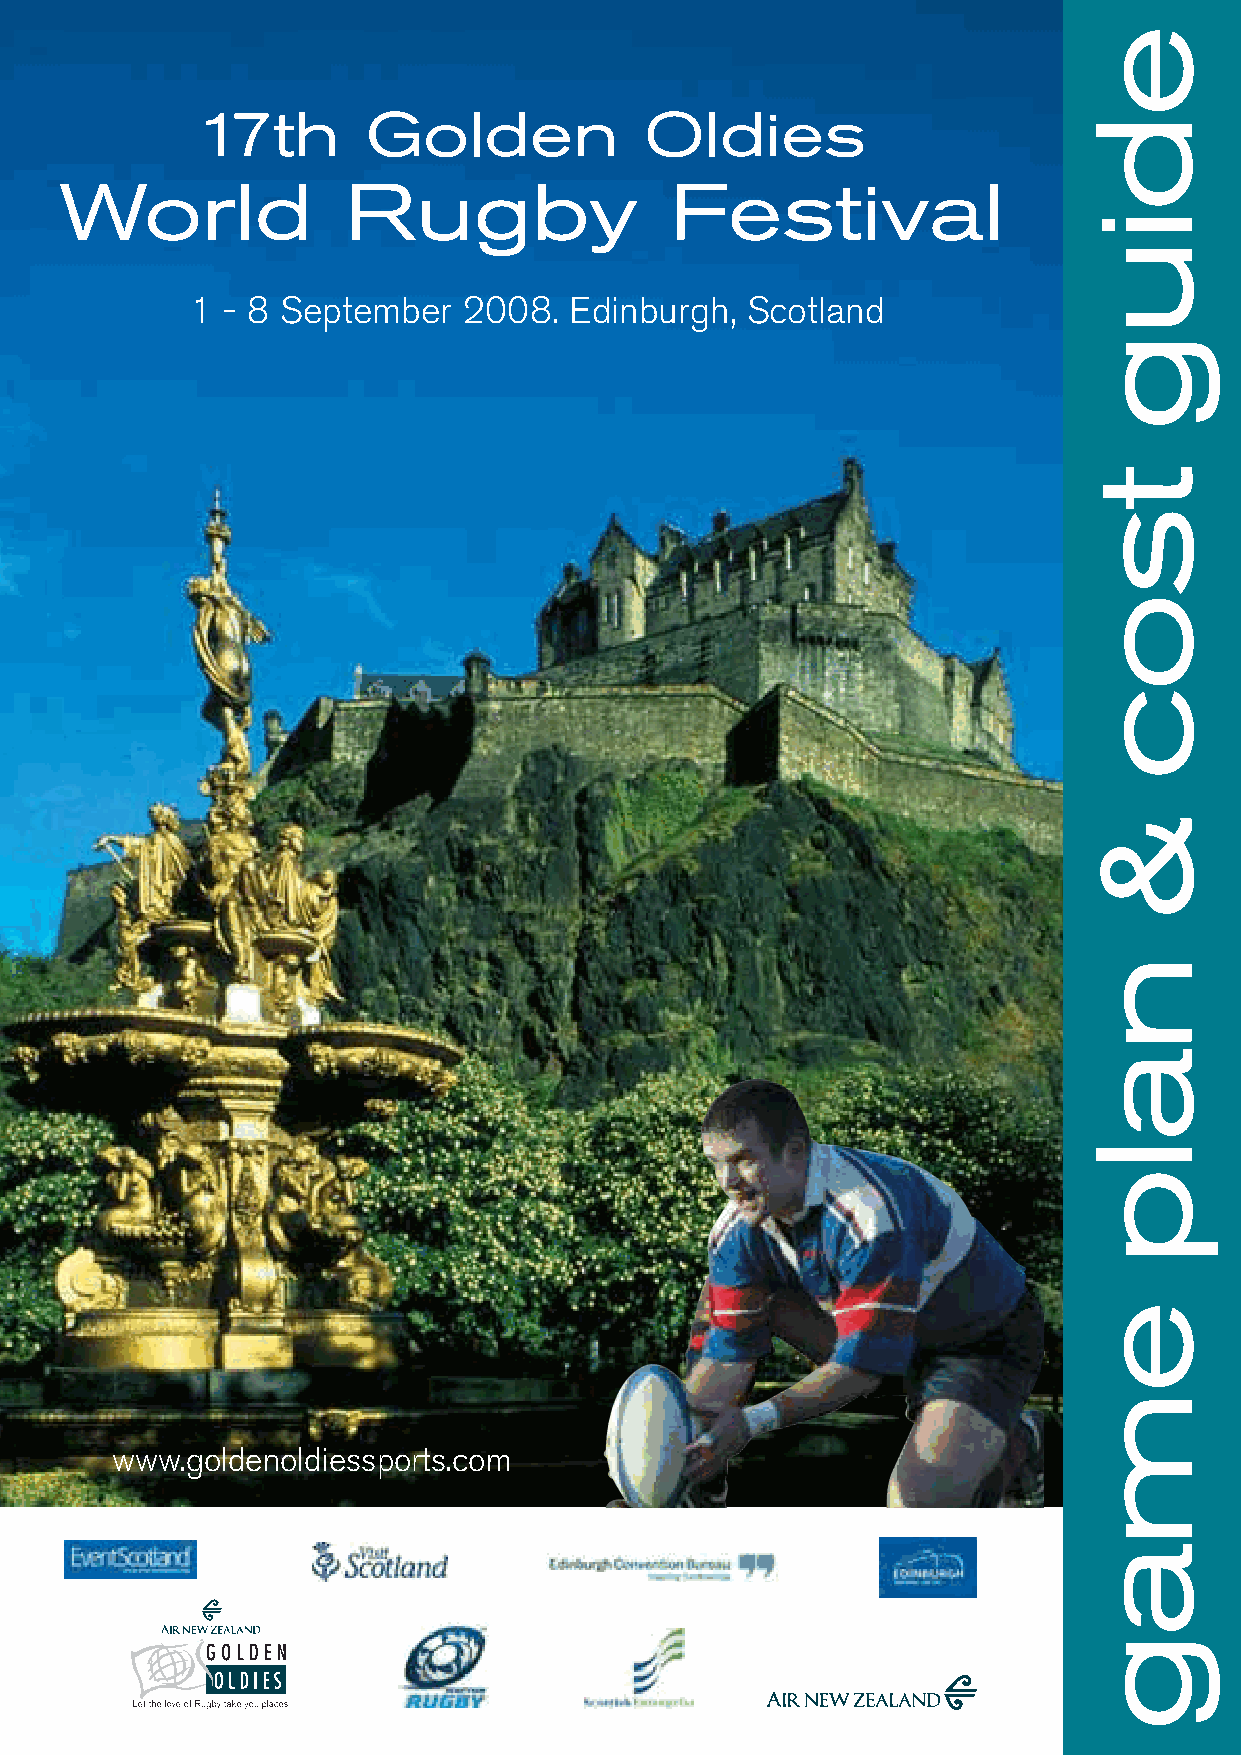
17th       Golden             Oldies
 World              Rugby                Festival
 1 - 8 September   2008.  Edinburgh, Scotland
 www.goldenoldiessports.com
 ediug
 tsoc
 &
 nalp
 emag